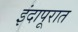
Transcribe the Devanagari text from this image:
इंदापूरात